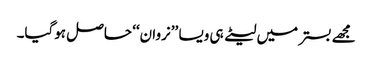
مجھے بستر میں لیٹے ہی ویسا ’’نروان‘‘ حاصل ہوگیا۔